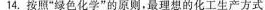
14.按照”绿色化学”的原则，最理想的化工生产方式